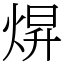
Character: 焺